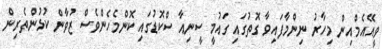
ވީއޭއެމްއިން މިހާރު ނިންމާފައިވާ ގޮތުގައި ގައުމީ ސީނިއާ ސްކޮޑުގައި ކޮންމެހެންވެސް ޒުވާން ކުޅުންތެރިން